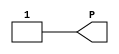
// $Header: /devl/xcs/repo/env/Databases/CAEInterfaces/verunilibs/data/unisims/VCC.v,v 1.5 2007/05/23 21:43:44 patrickp Exp $
///////////////////////////////////////////////////////////////////////////////
// Copyright (c) 1995/2004 Xilinx, Inc.
// All Right Reserved.
///////////////////////////////////////////////////////////////////////////////
//   ____  ____
//  /   /\/   /
// /___/  \  /    Vendor : Xilinx
// \   \   \/     Version : 10.1
//  \   \         Description : Xilinx Functional Simulation Library Component
//  /   /                  VCC Connection
// /___/   /\     Filename : VCC.v
// \   \  /  \    Timestamp : Thu Mar 25 16:43:41 PST 2004
//  \___\/\___\
//
// Revision:
//    03/23/04 - Initial version.
//    05/23/07 - Changed timescale to 1 ps / 1 ps.

`timescale  1 ps / 1 ps


module VCC(P);

    output P;

	assign P = 1'b1;

endmodule